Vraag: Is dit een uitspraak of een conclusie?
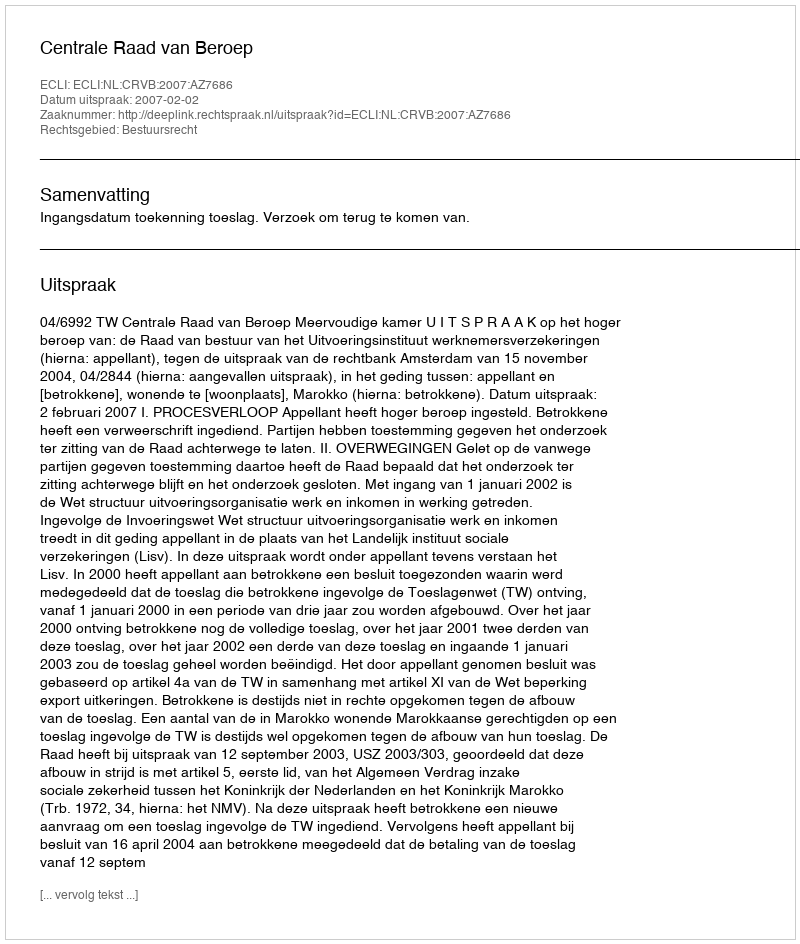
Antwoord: Uitspraak